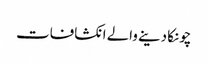
چونکا دینے والے انکشافات